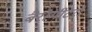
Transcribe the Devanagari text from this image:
बैरोमीटरों